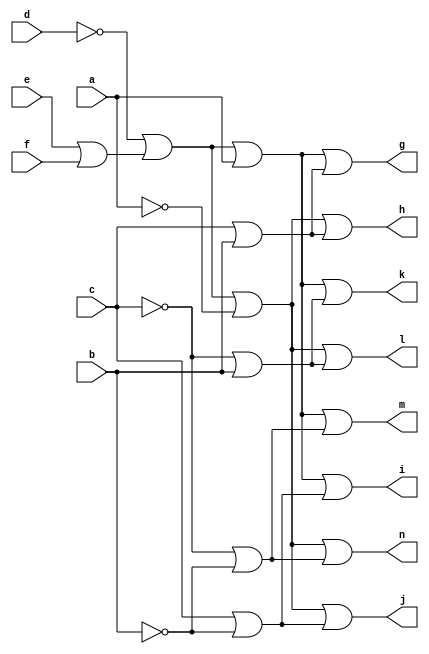
// IWLS benchmark module "CM138" printed on Wed May 29 16:31:28 2002
module CM138(a, b, c, d, e, f, g, h, i, j, k, l, m, n);
input
  a,
  b,
  c,
  d,
  e,
  f;
output
  g,
  h,
  i,
  j,
  k,
  l,
  m,
  n;
wire
  \[7] ,
  \[8] ,
  \[9] ,
  \[0] ,
  \[1] ,
  j0,
  \[2] ,
  \[3] ,
  \[4] ,
  \[5] ,
  \[6] ;
assign
  \[7]  = \[9]  | (~c | ~b),
  \[8]  = j0 | a,
  \[9]  = j0 | ~a,
  \[0]  = \[8]  | (c | b),
  \[1]  = \[9]  | (c | b),
  g = \[0] ,
  h = \[1] ,
  i = \[2] ,
  j = \[3] ,
  k = \[4] ,
  l = \[5] ,
  m = \[6] ,
  n = \[7] ,
  j0 = ~d | (e | f),
  \[2]  = \[8]  | (c | ~b),
  \[3]  = \[9]  | (c | ~b),
  \[4]  = \[8]  | (~c | b),
  \[5]  = \[9]  | (~c | b),
  \[6]  = \[8]  | (~c | ~b);
endmodule